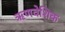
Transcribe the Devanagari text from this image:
ऋणवेशिक